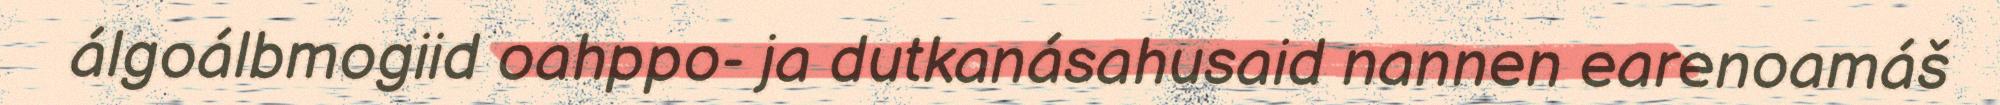
álgoálbmogiid oahppo- ja dutkanásahusaid nannen earenoamáš